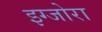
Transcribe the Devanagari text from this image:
इग्जोरा